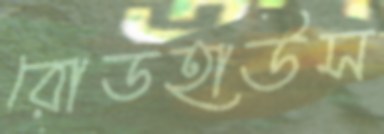
রোডহাউস